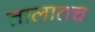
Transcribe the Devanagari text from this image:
तालातच